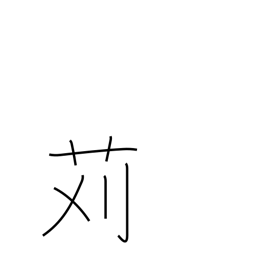
Meaning: cutting (grass)